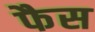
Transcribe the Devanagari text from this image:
फैस